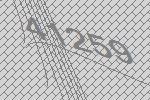
41259